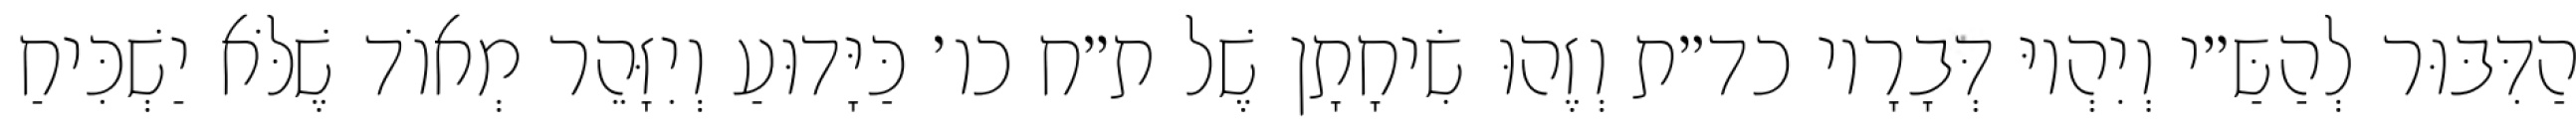
הַדִּבּוּר לְהַשַּ״י וְיִהְיוּ דְּבָרָיו כד״ת וְזֶהוּ שִׂיחָתָן שֶׁל ת״ח כו׳ כַּיָּדוּעַ וְיִזָּהֵר מְאוֹד שֶׁלֹּא יַשְׁכִּיחַ